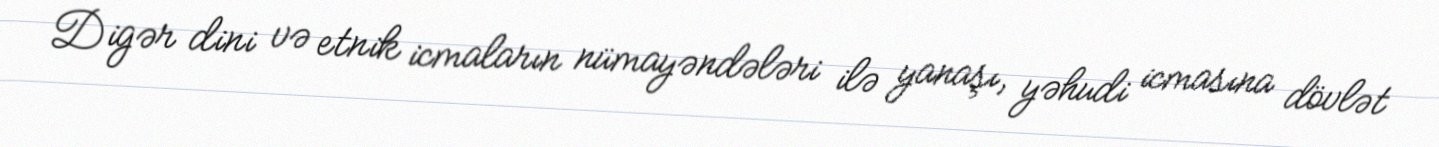
Digər dini və etnik icmaların nümayəndələri ilə yanaşı, yəhudi icmasına dövlət